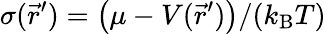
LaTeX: {\sigma(\vec{r}^{\prime})=\big(\mu-V(\vec{r}^{\prime})\big)/(k_{\mathrm{B}}T)}